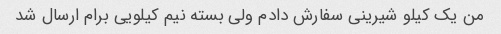
من یک کیلو شیرینی سفارش دادم ولی بسته نیم کیلویی برام ارسال شد